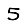
Digit: 5